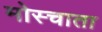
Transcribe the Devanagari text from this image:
मोस्चाता